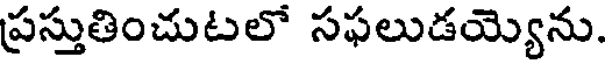
ప్రస్తుతించుటలో సఫలుడయ్యెను.